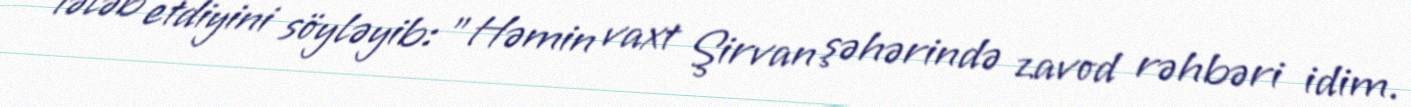
tələb etdiyini söyləyib: "Həmin vaxt Şirvan şəhərində zavod rəhbəri idim.